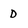
Character: D